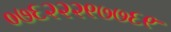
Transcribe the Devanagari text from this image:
०७६२२२९७७६९